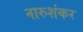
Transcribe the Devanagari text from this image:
नारुशंकर